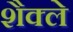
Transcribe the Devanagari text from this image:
शैक्ले